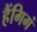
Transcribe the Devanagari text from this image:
हैंगिगं